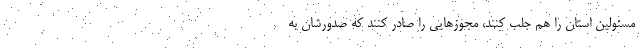
مسئولین استان را هم جلب کنند، مجوزهایی را صادر کنند که صدورشان به